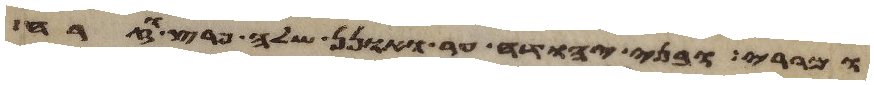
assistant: ומררי ובני יהודה ער ואונן שלה פרץ וזרח